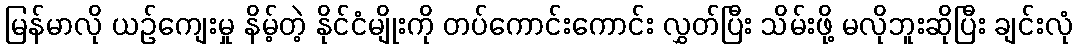
မြန်မာလို ယဉ်ကျေးမှု နိမ့်တဲ့ နိုင်ငံမျိုးကို တပ်ကောင်းကောင်း လွှတ်ပြီး သိမ်းဖို့ မလိုဘူးဆိုပြီး ချင်းလုံ